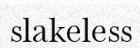
slakeless